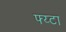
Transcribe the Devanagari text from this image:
फ्य्टा